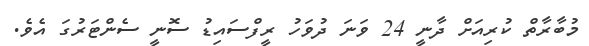
މުބާރާތް ކުރިއަށް ދާނީ 24 ވަނަ ދުވަހު ރީފްސައިޑު ސޮނީ ސެންޓަރުގަ އެވެ.